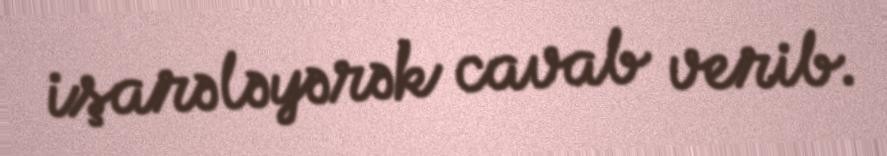
işarələyərək cavab verib.